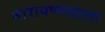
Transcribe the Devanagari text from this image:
नारायणगडाला